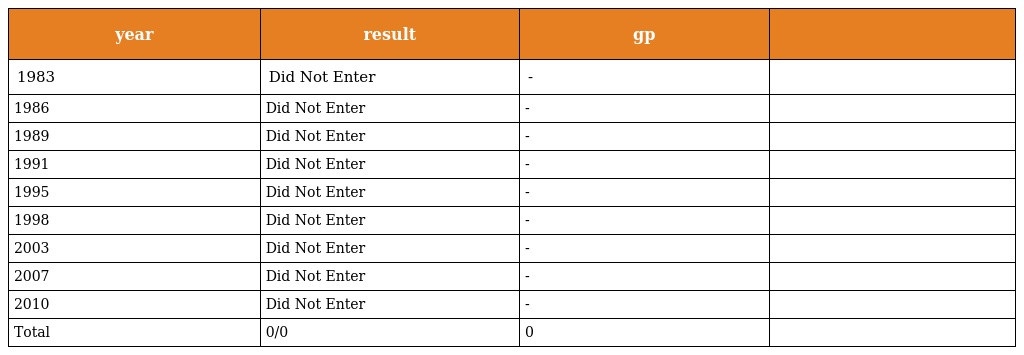
| year | result | gp |  |
 | --- | --- | --- | --- |
 | 1983 | Did Not Enter | - |  |
 | 1986 | Did Not Enter | - |  |
 | 1989 | Did Not Enter | - |  |
 | 1991 | Did Not Enter | - |  |
 | 1995 | Did Not Enter | - |  |
 | 1998 | Did Not Enter | - |  |
 | 2003 | Did Not Enter | - |  |
 | 2007 | Did Not Enter | - |  |
 | 2010 | Did Not Enter | - |  |
 | Total | 0/0 | 0 |  |